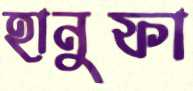
হানুফা